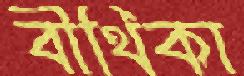
বীথিকা